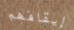
إيقافهم